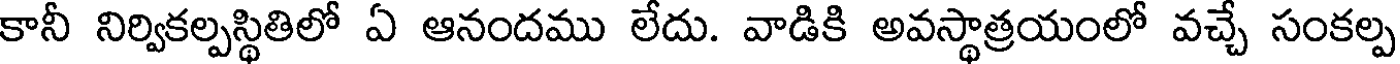
కానీ నిర్వికల్పస్థితిలో ఏ ఆనందము లేదు. వాడికి అవస్థాత్రయంలో వచ్చే సంకల్ప